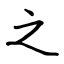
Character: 之